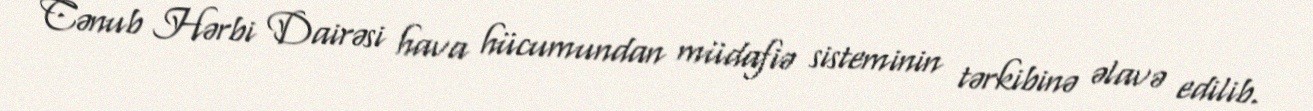
Cənub Hərbi Dairəsi hava hücumundan müdafiə sisteminin tərkibinə əlavə edilib.